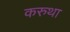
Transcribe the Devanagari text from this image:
करुथा